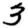
Digit: 3